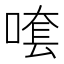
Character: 𠺆